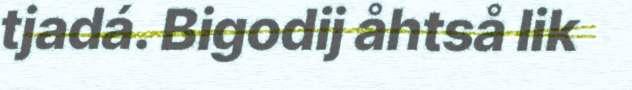
tjadá. Bigodij åhtså lik